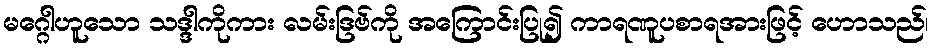
မဂ္ဂေါဟူသော သဒ္ဒါကိုကား လမ်းဒြဗ်ကို အကြောင်းပြု၍ ကာရဏူပစာရအားဖြင့် ဟောသည်၊